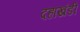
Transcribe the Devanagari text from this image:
दहाखंडी